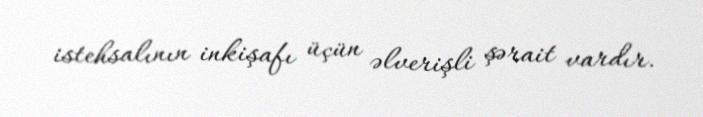
istehsalının inkişafı üçün əlverişli şərait vardır.